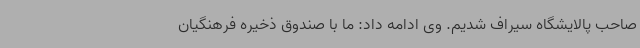
صاحب پالایشگاه سیراف شدیم. وی ادامه داد: ما با صندوق ذخیره فرهنگیان